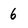
Character: 6